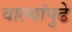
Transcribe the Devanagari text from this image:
वाल्यांपुढे